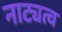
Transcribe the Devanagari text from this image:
नाट्यत्व